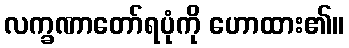
လက္ခဏာတော်ရပုံကို ဟောထား၏။